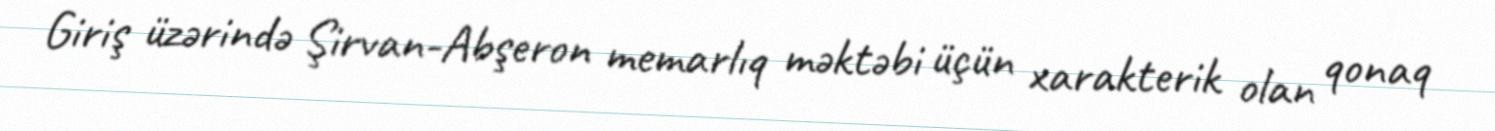
Giriş üzərində Şirvan-Abşeron memarlıq məktəbi üçün xarakterik olan qonaq